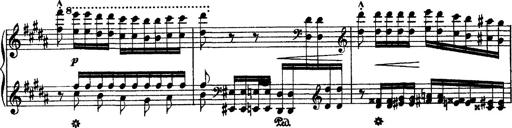
Title: Grandes Ã©tudes de Paganini
Composer: Franz Liszt